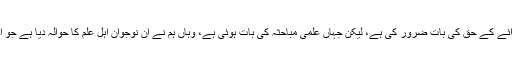
ہم نے ’’عمومی مباحثہ‘‘ میں ہر شخص کے لیے رائے کے حق کی بات ضرور کی ہے، لیکن جہاں علمی مباحثہ کی بات ہوئی ہے، وہاں ہم نے ان نوجوان اہل علم کا حوالہ دیا ہے جو اصحاب علم ہیں او رمطالعہ کی وسعت رکھتے ہیں۔